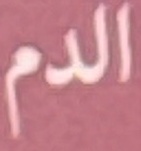
الدم